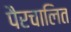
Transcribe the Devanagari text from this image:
पैरचालित